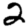
Digit: 2